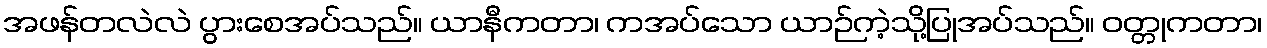
အဖန်တလဲလဲ ပွားစေအပ်သည်။ ယာနီကတာ၊ ကအပ်သော ယာဉ်ကဲ့သို့ပြုအပ်သည်။ ဝတ္တုကတာ၊